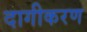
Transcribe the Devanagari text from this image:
दागीकरण